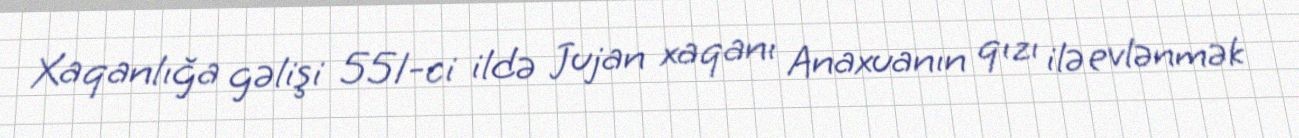
Xaqanlığa gəlişi 551-ci ildə Jujan xaqanı Anaxuanın qızı ilə evlənmək